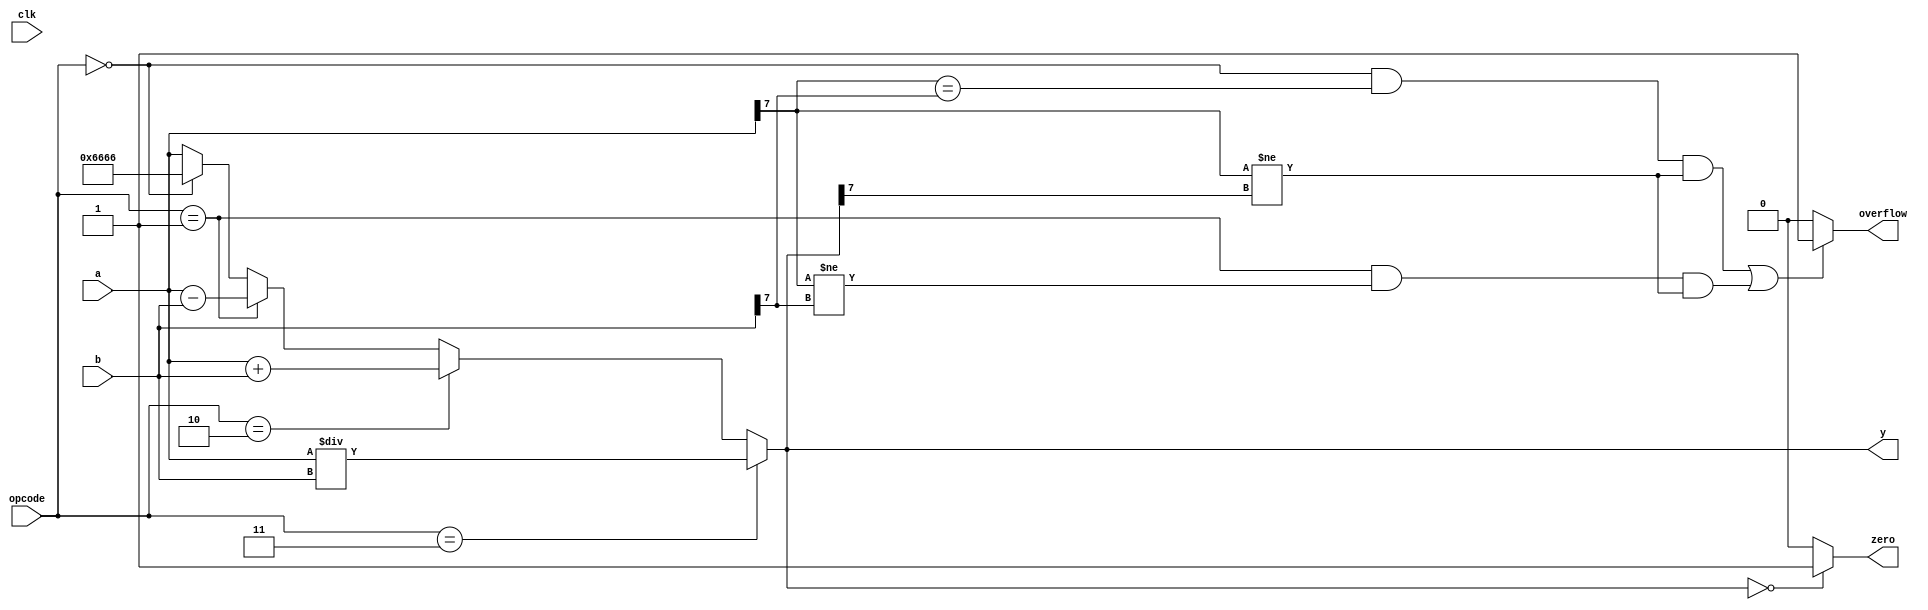
/* Generated by Yosys 0.43+11 (git sha1 49f547782, clang++ 14.0.0-1ubuntu1.1 -fPIC -Os) */
module top(clk, opcode, a, b, y, zero, overflow);
  wire [15:0] _00_;
  wire [15:0] _01_;
  wire _02_;
  wire _03_;
  wire _04_;
  wire _05_;
  wire _06_;
  wire _07_;
  wire _08_;
  wire _09_;
  wire _10_;
  wire _11_;
  wire _12_;
  wire _13_;
  wire _14_;
  wire _15_;
  wire _16_;
  wire _17_;
  wire [15:0] _18_;
  input [15:0] a;
  wire [15:0] a;
  input [15:0] b;
  wire [15:0] b;
  input clk;
  wire clk;
  input [3:0] opcode;
  wire [3:0] opcode;
  output overflow;
  wire overflow;
  output [15:0] y;
  wire [15:0] y;
  output zero;
  wire zero;
  assign _00_ = a +  b;
  assign _01_ = a /  b;
  assign _02_ = !  y;
  assign _03_ = !  opcode;
  assign _04_ = a[7] ==  b[7];
  assign _05_ = opcode ==  4'h1;
  assign _06_ = _07_ &&  _11_;
  assign _07_ = _03_ &&  _04_;
  assign _08_ = _05_ &&  _12_;
  assign _09_ = _08_ &&  _13_;
  assign _10_ = _06_ ||  _09_;
  assign _11_ = a[7] !=  y[7];
  assign _12_ = a[7] !=  b[7];
  assign _13_ = a[7] !=  y[7];
  assign overflow = _10_ ?  1'h1 : 1'h0;
  assign zero = _02_ ?  1'h1 : 1'h0;
  function [15:0] _35_;
    input [15:0] a;
    input [63:0] b;
    input [3:0] s;
    casez (s)
      4'b???1:
        _35_ = b[15:0];
      4'b??1?:
        _35_ = b[31:16];
      4'b?1??:
        _35_ = b[47:32];
      4'b1???:
        _35_ = b[63:48];
      default:
        _35_ = a;
    endcase
  endfunction
  assign y = _35_(a, { 16'h6666, _18_, _00_, _01_ }, { _17_, _16_, _15_, _14_ });
  assign _14_ = opcode ==  4'h3;
  assign _15_ = opcode ==  4'h2;
  assign _16_ = opcode ==  4'h1;
  assign _17_ = !  opcode;
  assign _18_ = a -  b;
endmodule